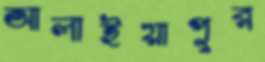
আলাইয়াপুর